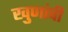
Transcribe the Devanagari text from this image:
खुणांची